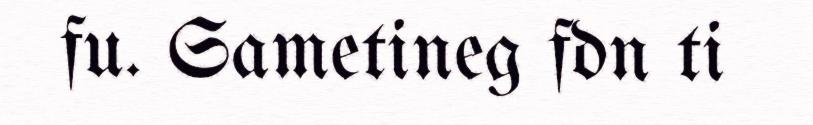
fu. Sametineg fdn ti